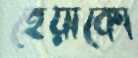
হেয়াকো